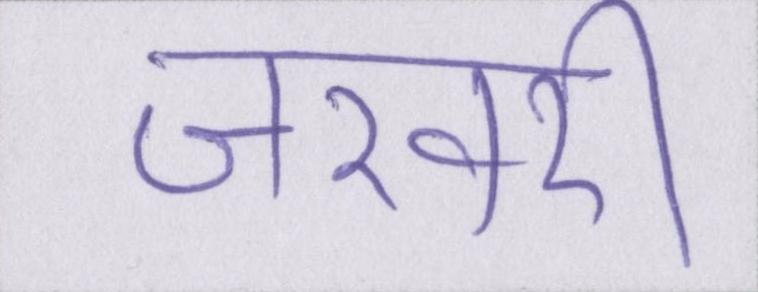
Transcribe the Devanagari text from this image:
जरवरी